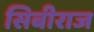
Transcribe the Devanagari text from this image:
सिबीराज